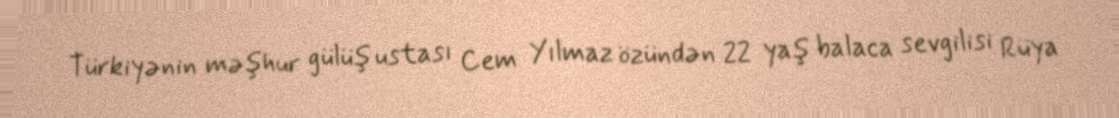
Türkiyənin məşhur gülüş ustası Cem Yılmaz özündən 22 yaş balaca sevgilisi Rüya